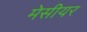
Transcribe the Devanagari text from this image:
मेसीयर